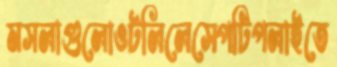
মসলাগুলোওটলিলেসেপটিপলাইতে